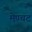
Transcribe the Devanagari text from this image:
मेण्चट